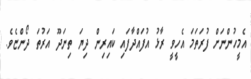
އެމީހުންނަށް ފުރަތަމަ އެހީވީ ރާޅު އުފައްދާފައި ކައިރިން ދިޔަ ތިނަދޫ އަރުތަ ދޯންޏެވެ.